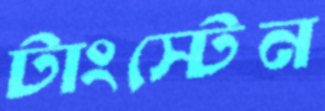
টাংস্টেন